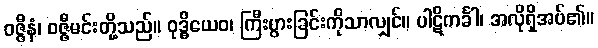
ဝဇ္ဇီနံ၊ ဝဇ္ဇီမင်းတို့သည်။ ဝုဒ္ဓိယေဝ၊ ကြီးပွားခြင်းကိုသာလျှင်။ ပါဋိကင်္ခါ၊ အလိုရှိအပ်၏။